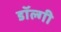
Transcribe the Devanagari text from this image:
डॉल्गी